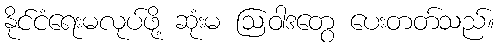
နိုင်ငံရေးမလုပ်ဖို့ ဆုံးမ ဩဝါဒတွေ ပေးတတ်သည်။